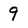
Character: 9